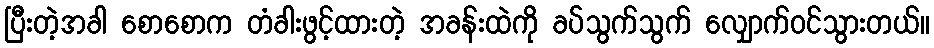
ပြီးတဲ့အခါ စောစောက တံခါးဖွင့်ထားတဲ့ အခန်းထဲကို ခပ်သွက်သွက် လျှောက်ဝင်သွားတယ်။